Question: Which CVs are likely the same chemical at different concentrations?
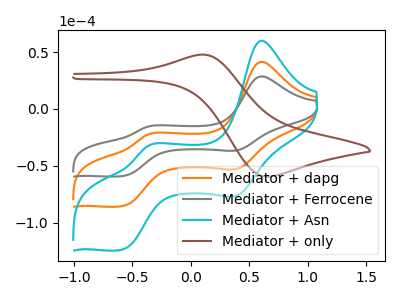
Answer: <think>The orange curve "Mediator + dapg" has anodic peaks at (0.60V, 41.55uA) (-0.35V, -22.50uA) and cathodic peaks at (0.40V, -52.50uA) (-0.60V, -85.40uA). The gray curve "Mediator + Ferrocene" has anodic peaks at (0.60V, 28.70uA) (-0.35V, -15.55uA) and cathodic peaks at (0.40V, -36.25uA) (-0.60V, -59.00uA). The cyan curve "Mediator + Asn" has anodic peaks at (0.60V, 83.05uA) (-0.35V, -45.00uA) and cathodic peaks at (0.40V, -104.95uA) (-0.60V, -170.85uA). The brown curve "Mediator + only" has an anodic peak at (0.10V, 47.85uA) and a cathodic peak at (0.65V, -59.50uA).
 All the peaks in "Mediator + dapg" have a peak in "Mediator + Ferrocene" at the same potential. All the peaks in "Mediator + dapg" have a peak in "Mediator + Asn" at the same potential. "Mediator + dapg" and "Mediator + only" have a different number of peaks. All the peaks in "Mediator + Ferrocene" have a peak in "Mediator + Asn" at the same potential. "Mediator + Ferrocene" and "Mediator + only" have a different number of peaks. "Mediator + Asn" and "Mediator + only" have a different number of peaks.</think>
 <answer>"Mediator + Ferrocene", "Mediator + dapg" and "Mediator + Asn" have the same shape and are likely CV's of the same chemical.</answer>
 <eval>"Mediator + Ferrocene" "Mediator + dapg" "Mediator + Asn"</eval>